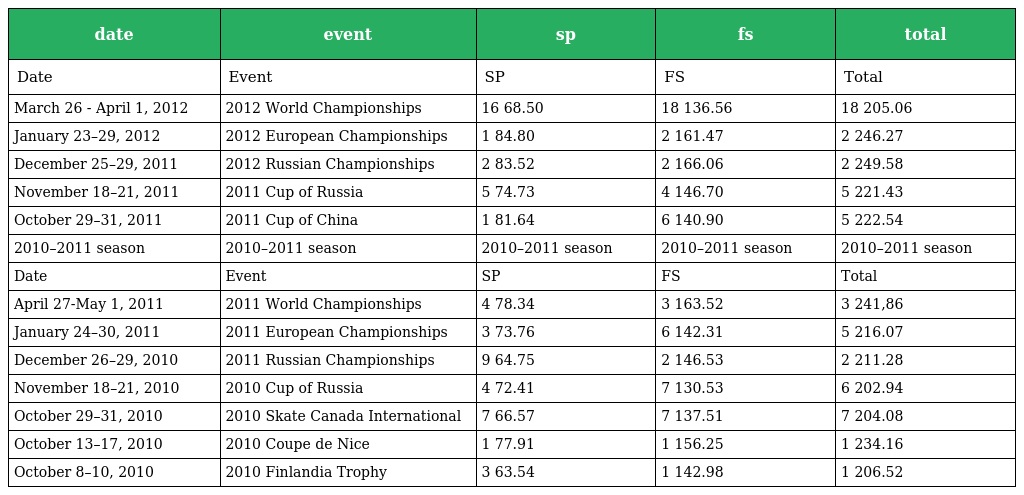
| date | event | sp | fs | total |
 | --- | --- | --- | --- | --- |
 | Date | Event | SP | FS | Total |
 | March 26 - April 1, 2012 | 2012 World Championships | 16 68.50 | 18 136.56 | 18 205.06 |
 | January 23–29, 2012 | 2012 European Championships | 1 84.80 | 2 161.47 | 2 246.27 |
 | December 25–29, 2011 | 2012 Russian Championships | 2 83.52 | 2 166.06 | 2 249.58 |
 | November 18–21, 2011 | 2011 Cup of Russia | 5 74.73 | 4 146.70 | 5 221.43 |
 | October 29–31, 2011 | 2011 Cup of China | 1 81.64 | 6 140.90 | 5 222.54 |
 | 2010–2011 season | 2010–2011 season | 2010–2011 season | 2010–2011 season | 2010–2011 season |
 | Date | Event | SP | FS | Total |
 | April 27-May 1, 2011 | 2011 World Championships | 4 78.34 | 3 163.52 | 3 241,86 |
 | January 24–30, 2011 | 2011 European Championships | 3 73.76 | 6 142.31 | 5 216.07 |
 | December 26–29, 2010 | 2011 Russian Championships | 9 64.75 | 2 146.53 | 2 211.28 |
 | November 18–21, 2010 | 2010 Cup of Russia | 4 72.41 | 7 130.53 | 6 202.94 |
 | October 29–31, 2010 | 2010 Skate Canada International | 7 66.57 | 7 137.51 | 7 204.08 |
 | October 13–17, 2010 | 2010 Coupe de Nice | 1 77.91 | 1 156.25 | 1 234.16 |
 | October 8–10, 2010 | 2010 Finlandia Trophy | 3 63.54 | 1 142.98 | 1 206.52 |